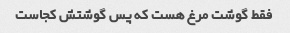
فقط گوشت مرغ هست که پس گوشتش کجاست